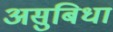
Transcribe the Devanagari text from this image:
असुबिधा